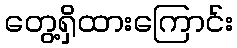
တွေ့ရှိထားကြောင်း